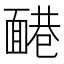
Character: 𩈷